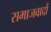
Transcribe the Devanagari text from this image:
समाजवादों